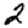
Digit: 2